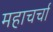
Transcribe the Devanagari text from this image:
महाचर्चा